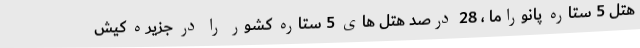
هتل 5 ستاره پانوراما ، 28 درصد هتل های 5 ستاره کشور را در جزیره کیش